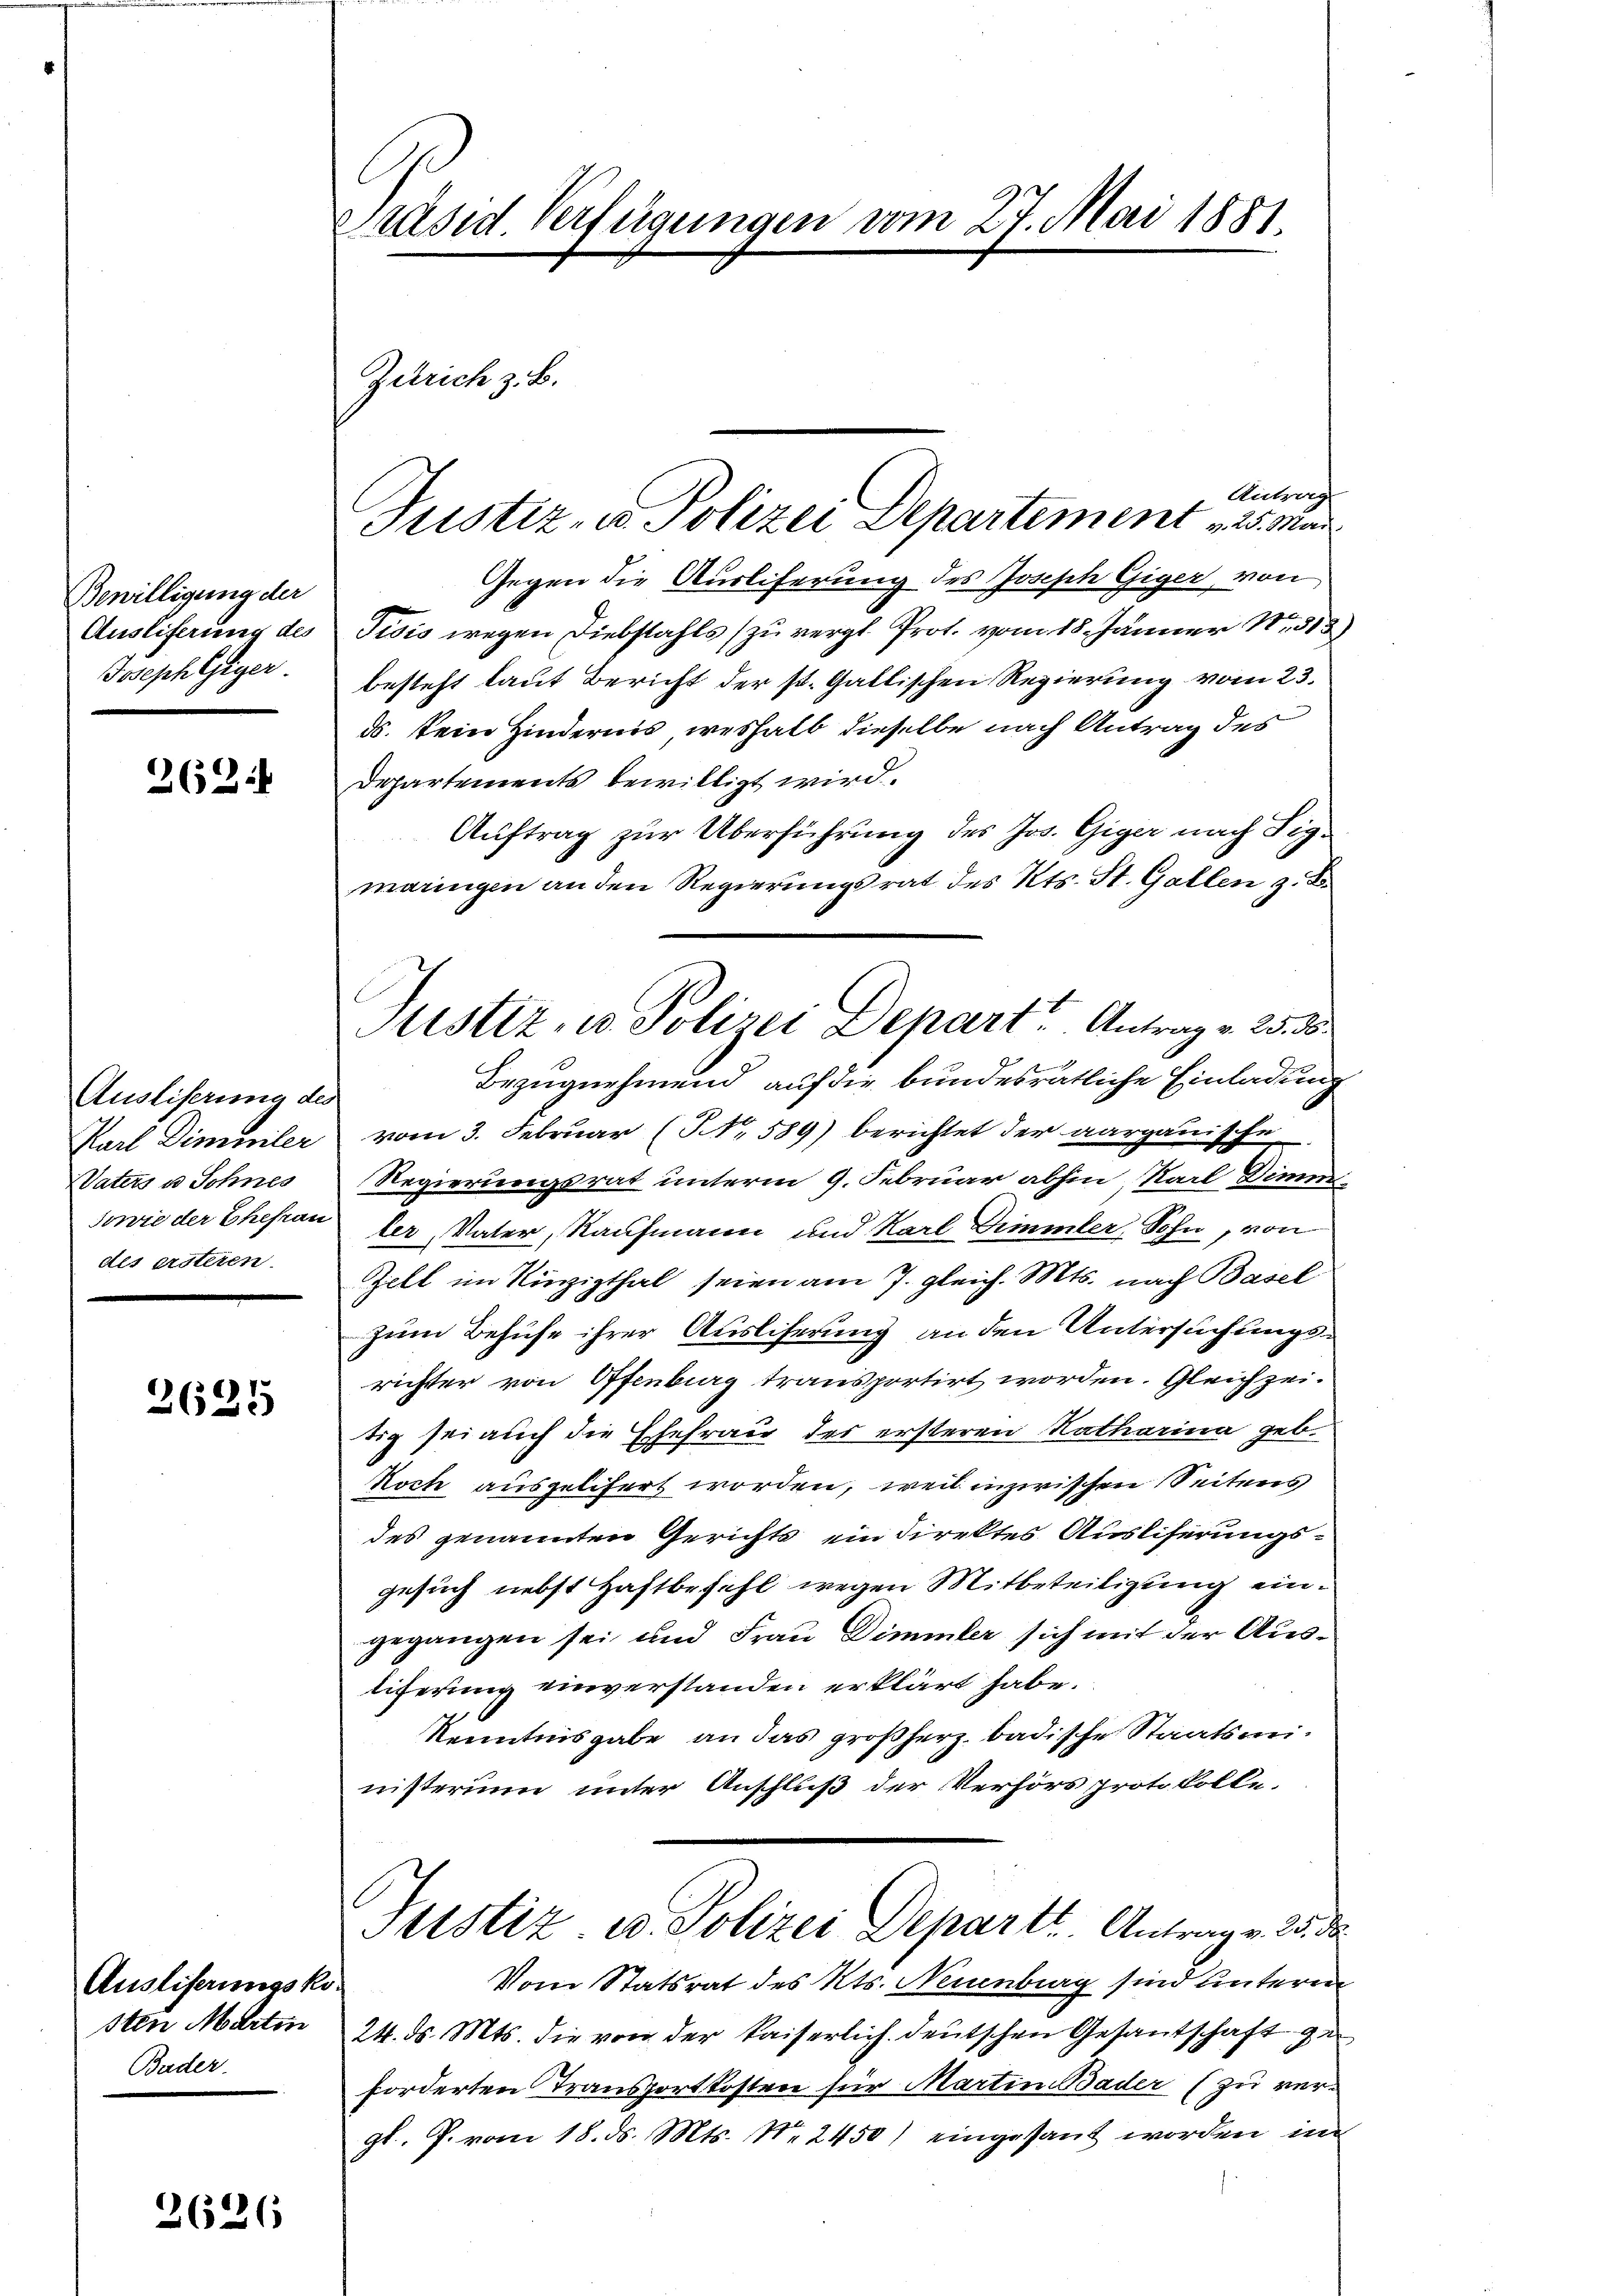
Bewilligung der
Ausliferung des
Josephesiger.

262:

Ausliserung des
Karl Dimmler
Vaters u Sohnes
des ersteien.

2625

Auslieferungskosten Martin
Bader.

2626

Präsid. Verfügungen vom 27. Mai 1881.

Zürich z. B.

Antrag
Justiz- u. Polizei Departement 25. Mai
Gegen die Ausliferung des Joseph Giger, von
Tisis wegen Diebstahls zu vergl. Prot. vom 18. Jänner 1851
besteht laut Bericht der st. Gallischen Regierung vom 23.
ds. kein Hindernis, weshalb dieselbe nach Antrag des
Departements bewilligt wird.
Auftrag zur Überführung des Jos. Giger nach Sigmaringen an den Regierungsrat des Kts. St. Gallen z. B.
Bezugnehmend auf die bundesrätliche Einladung
vom 3. Februar (NNo. 589) berichtet der aargauische
Regierungsrat unterm 9. Februar abhin, Karl Diens
sowie der Ehefrau der Vater, Kaufmann und Karl Dimmler, Sohn, von
Zell im Vinzipthal seien am 7. gleich. Mts. nach Basel
zum Behufe ihrer Auslieferung an den Untersuchungsrichter von Offenburg transportirt worden. Gleichzeitig sei auch die Ehefrau des ersteren Natharina geb.
Noch ausgelitert worden, weil inzwischen Seitens
des genannten Gerichts ein direktes Ausliserungsgesuch nebst Haftbefehl wegen Mitbeteiligung eingegangen sei und Frau Dimmler sich mit der Austiferung einverstanden erklärt habe.
Kenntnisgabe an das großherz badische Staatsministerium unter Anschluß der Verhörs protokolle,
Justiz ed. Polizei Departt. Antragen 25. d
Vom Statsrat des Kts. Neuenburg sind unterm
24. ds. Mts. die von der kaiserlich deutschen Gesantschaft ge
forderten Transportkosten für Martin Bader (zu vergl. P. vom 18. ds. Mts. N. 2450) eingesant worden im

Sistiz, u. Polizei Depart. Antrag v. 25. 5.